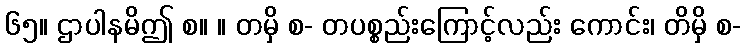
၆၅။ ဌာပါနမိဤ စ။ ။ တမှိ စ- တပစ္စည်းကြောင့်လည်း ကောင်း၊ တိမှိ စ-